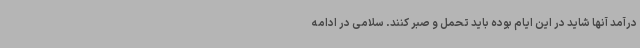
درآمد آنها شاید در این ایام بوده باید تحمل و صبر کنند. سلامی در ادامه